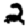
Digit: 2